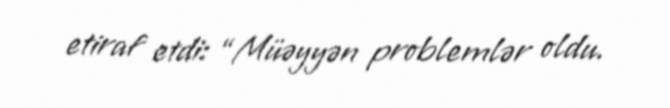
etiraf etdi: “Müəyyən problemlər oldu.